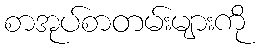
စာအုပ်စာတမ်းများကို